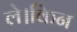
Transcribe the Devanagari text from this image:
ले।किन